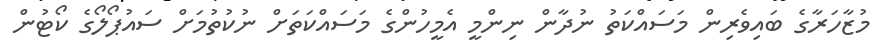
މުޒާހަރާގެ ބައިވެރިން މަސައްކަތު ނުދާން ނިންމީ އެމީހުންގެ މަސައްކަތަށް ނުކުތުމަށް ސައުޕޯލޯގެ ކޯޓުން